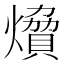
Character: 燲